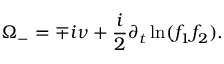
\Omega _ { - } = \mp i \nu + \frac { i } { 2 } \partial _ { t } \ln ( f _ { 1 } f _ { 2 } ) .